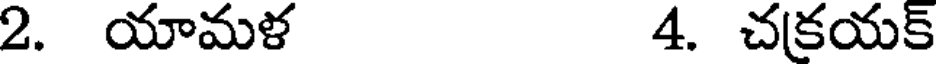
2. యామళ 4. చకయక్